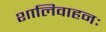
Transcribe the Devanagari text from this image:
शालिवाहनः